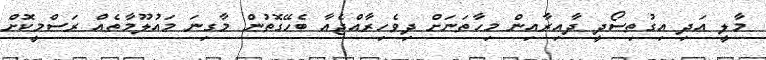
މާލީ އަދި އިގުތިސޯދީ ދާއިރާއިން މިހާތަނަށް ދިވެހިރާއްޖެއާ ބެހޭގޮތުން މާގިނަ މައުލޫމާތެއް ރަސްމީކޮށް